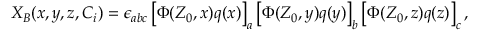
X _ { B } ( x , y , z , C _ { i } ) = \epsilon _ { a b c } \left[ \Phi ( Z _ { 0 } , x ) q ( x ) \right] _ { a } \left[ \Phi ( Z _ { 0 } , y ) q ( y ) \right] _ { b } \left[ \Phi ( Z _ { 0 } , z ) q ( z ) \right] _ { c } ,